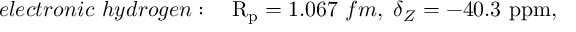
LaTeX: e l e c t r o n i c ~ h y d r o g e n : ~ ~ ~ \mathrm { R _ { p } } = 1 . 0 6 7 ~ f m , ~ \delta _ { Z } = - 4 0 . 3 ~ \mathrm { p p m } ,